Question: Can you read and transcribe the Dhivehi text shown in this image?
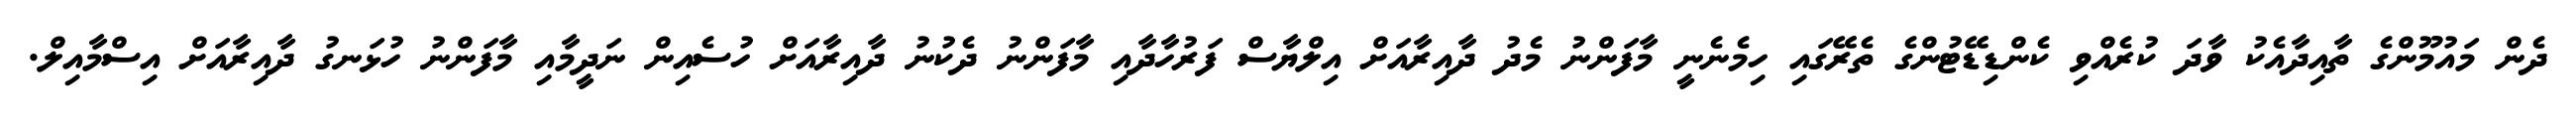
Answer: ދެން މައުމޫންގެ ތާއިދާއެކު ވާދަ ކުރެއްވި ކެންޑިޑޭޓުންގެ ތެރޭގައި ހިމެނެނީ މާފަންނު މެދު ދާއިރާއަށް އިލްޔާސް ފަރުހާދާއި މާފަންނު ދެކުނު ދާއިރާއަށް ހުސެއިން ނަދީމާއި މާފަންނު ހުޅަނގު ދާއިރާއަށް އިސްމާއިލް.